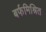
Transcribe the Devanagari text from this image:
बर्फमिश्रित